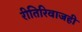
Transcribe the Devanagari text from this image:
रीतिरिवाजही